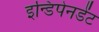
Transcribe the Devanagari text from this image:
इन्डिपेनडेंट